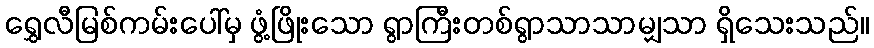
ရွှေလီမြစ်ကမ်းပေါ်မှ ဖွံ့ဖြိုးသော ရွာကြီးတစ်ရွာသာသာမျှသာ ရှိသေးသည်။